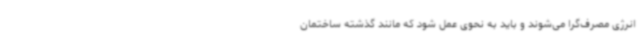
انرژی مصرف‌گرا می‌شوند و باید به نحوی عمل شود که مانند گذشته ساختمان